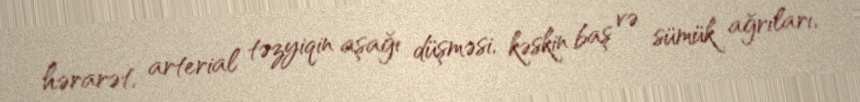
hərarət, arterial təzyiqin aşağı düşməsi, kəskin baş və sümük ağrıları,